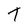
Character: T